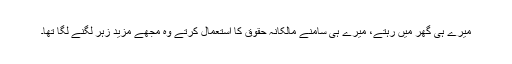
میرے ہی گھر میں رہتے، میرے ہی سامنے مالکانہ حقوق کا استعمال کرتے وہ مجھے مزید زہر لگنے لگا تھا۔